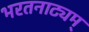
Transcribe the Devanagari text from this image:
भरतनाट्यम्‌